Report of the King Institute of Preventive Medicine, Guindy
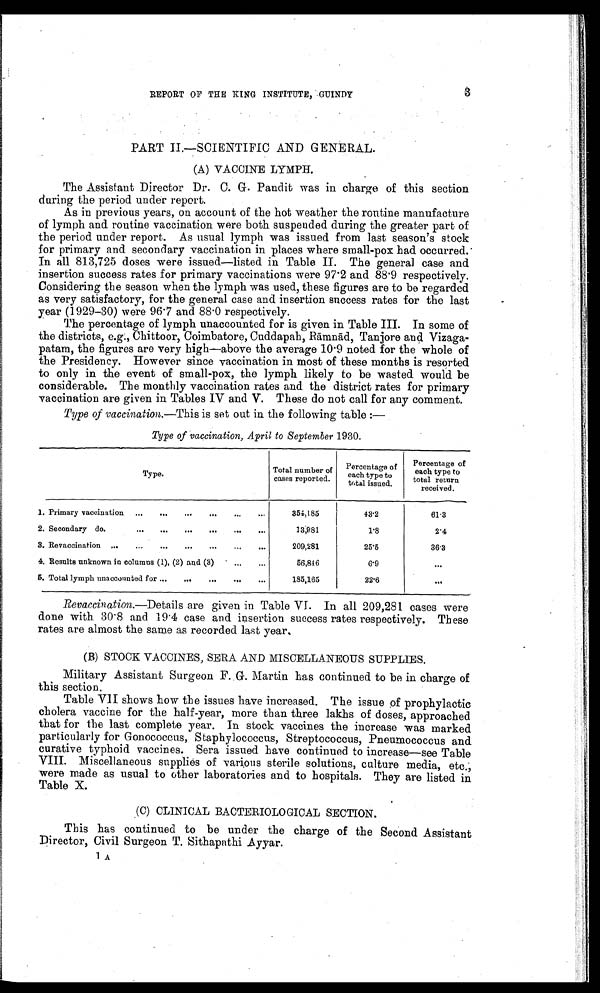
3
REPORT OF THE KING INSTITUTE, GUINDY
PART II—SCIENTIFIC AND GENERAL.
(A) VACCINE LYMPH.
The Assistant Director Dr. C. G. Pandit was in charge of this section.
during the period under report.
As in previous years, on account of the hot weather the routine manufacture
of lymph and routine vaccination were both suspended during the greater part of
the period under report. As usual lymph was issued from last season's stock
for primary and secondary vaccination in places where small-pox had occurred.
In all 813,725 doses were issued—listed in Table II. The general case and
insertion success rates for primary vaccinations were 97.2 and 88.9 respectively.
Considering the season when the lymph was used, these figures are to be regarded
as very satisfactory, for the general case and insertion success rates for the last
year (1929-30) were 96.7 and 88.0 respectively.
The percentage of lymph unaccounted for is given in Table III. In some of
the districts, e.g., Chittoor, Coimbatore, Cuddapah, Rāmnād, Tanjore and Vizaga
-
patam, the figures are very high—above the average 10.9 noted for the whole of
the Presidency. However since vaccination in most of these months is resorted
to only in the event of small-pox, the lymph likely to be wasted would be
considerable. The monthly vaccination rates and the district rates for primary
vaccination are given in Tables IV and V. These do not call for any comment.
Type of vaccination.— This is set out in the following table :—
Type of vaccination, April to September 1930.
Type.
Total number of
cases reported.
Percentage of
each type to
total issued.
Percentage of
each type to
total return
received.
1. Primary vaccination . . .
354,185
43.2
61.3
2. Secondary do. . . .
13,981
1.8
2 . 4
3. Revaccination . . .
209,281
25.5
36.3
4. Results unknown in columns (1), (2) and (3) . . .
56,846
6.9
. . .
5. Total lymph unaccounted for . . .
185,165
22.6
. . .
Revaccination.—Details are given in Table VI. In all 209,281 cases were
done with 30.8 and 19.4 case and insertion success rates respectively. These
rates are almost the same as recorded last year.
(B) STOCK VACCINES, SERA AND MISCELLANEOUS SUPPLIES.
Military Assistant Surgeon F. G. Martin has continued to be in charge of
this section.
Table VII shows how the issues have increased. The issue of prophylactic
cholera vaccine for the half-year, more than three lakhs of doses, approached
that for the last complete year. In stock vaccines the increase was marked
particularly for Gonococcus, Staphylococcus, Streptococcus, Pneumococcus and
curative typhoid vaccines. Sera issued have continued to increase—see Table
VIII. Miscellaneous supplies of various sterile solutions, culture media, etc.;
were made as usual to other laboratories and to hospitals. They are listed in
Table X.
(C) CLINICAL BACTERIOLOGICAL SECTION.
This has continued to be under the charge of the Second Assistant
Director, Civil Surgeon T. Sithapathi Ayyar.
1 A